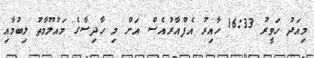
މިއަދު ހަވީރު 16:33 ހާއިރު އެފްއާރުއެސް އަށް މި ހާދިސާގެ މައުލޫމާތު ލިބުމާއި